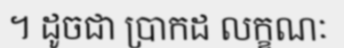
។ ដូចជា ប្រាកដ លក្ខណៈ